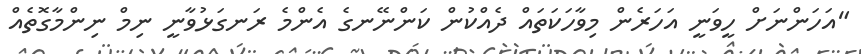
"އަހަންނަށް ހީވަނީ އަހަރެން މިވާހަކަތައް ދެއްކުން ކަންނޭނގެ އެންމެ ރަނގަޅުވާނީ ނިމް ނިންމާގޮތެއް